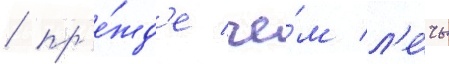
/ пр'е́жд'е че́м л'е́чь